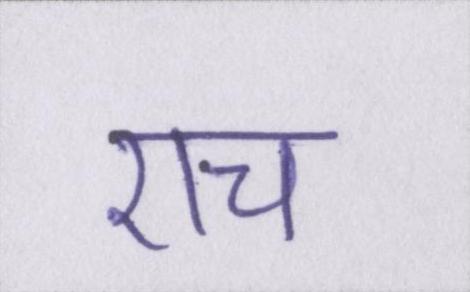
एच